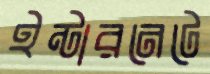
ইন্টারনেটে